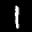
Label: 1